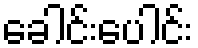
ခေါင်းပေါင်း